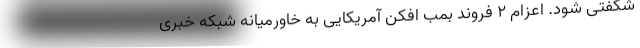
شگفتی شود. اعزام 2 فروند بمب افکن آمریکایی به خاورمیانه شبکه خبری